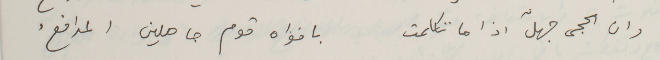
وان الحجى جهلّ اذا ما تكلمت                 بافواه قوم حاملين المدافعُ